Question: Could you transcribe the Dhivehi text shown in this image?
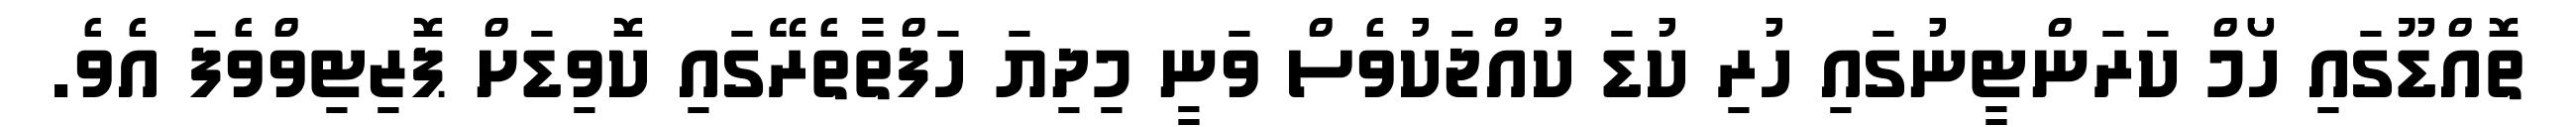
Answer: ތޮއްޑޫގައި ހޯމް ކަރަންޓީނުގައި ހުރި ކުޑަ ކުއްޖަކުވެސް ވަނީ މިދިޔަ ހަފްތާތެރޭގައި ކޮވިޑަށް ޕޮޒިޓިވްވެފަ އެވެ.